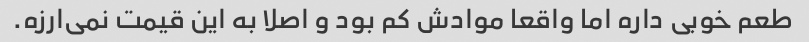
طعم خوبی داره اما واقعا موادش کم بود و اصلا به این قیمت نمی‌ارزه.